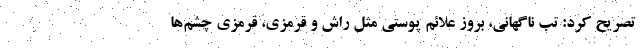
تصریح کرد: تب ناگهانی، بروز علائم پوستی مثل راش و قرمزی، قرمزی چشم‌ها